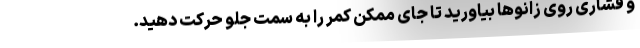
و فشاری روی زانوها بیاورید تا جای ممکن کمر را به سمت جلو حرکت دهید.